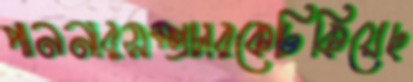
পাননারসম্প্রচারকেঢিকিয়েছ